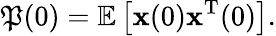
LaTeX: \mathfrak{P}(0)=\mathbb{{E}}\left[{\mathbf{{x}}}(0){\mathbf{{x}}}^{\mathrm{{T}}}(0)\right].